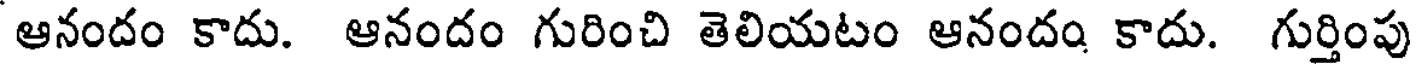
ఆనందం కాదు. ఆనందం గురించి తెలియటం ఆనందం కాదు. గుర్తింపు